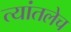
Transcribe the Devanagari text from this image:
त्यांतलेच